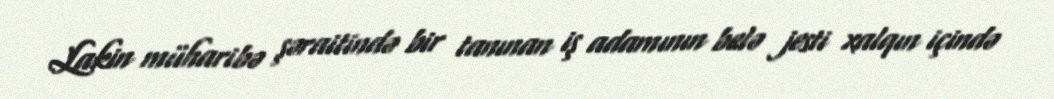
Lakin müharibə şəraitində bir tanınan iş adamının belə jesti xalqın içində